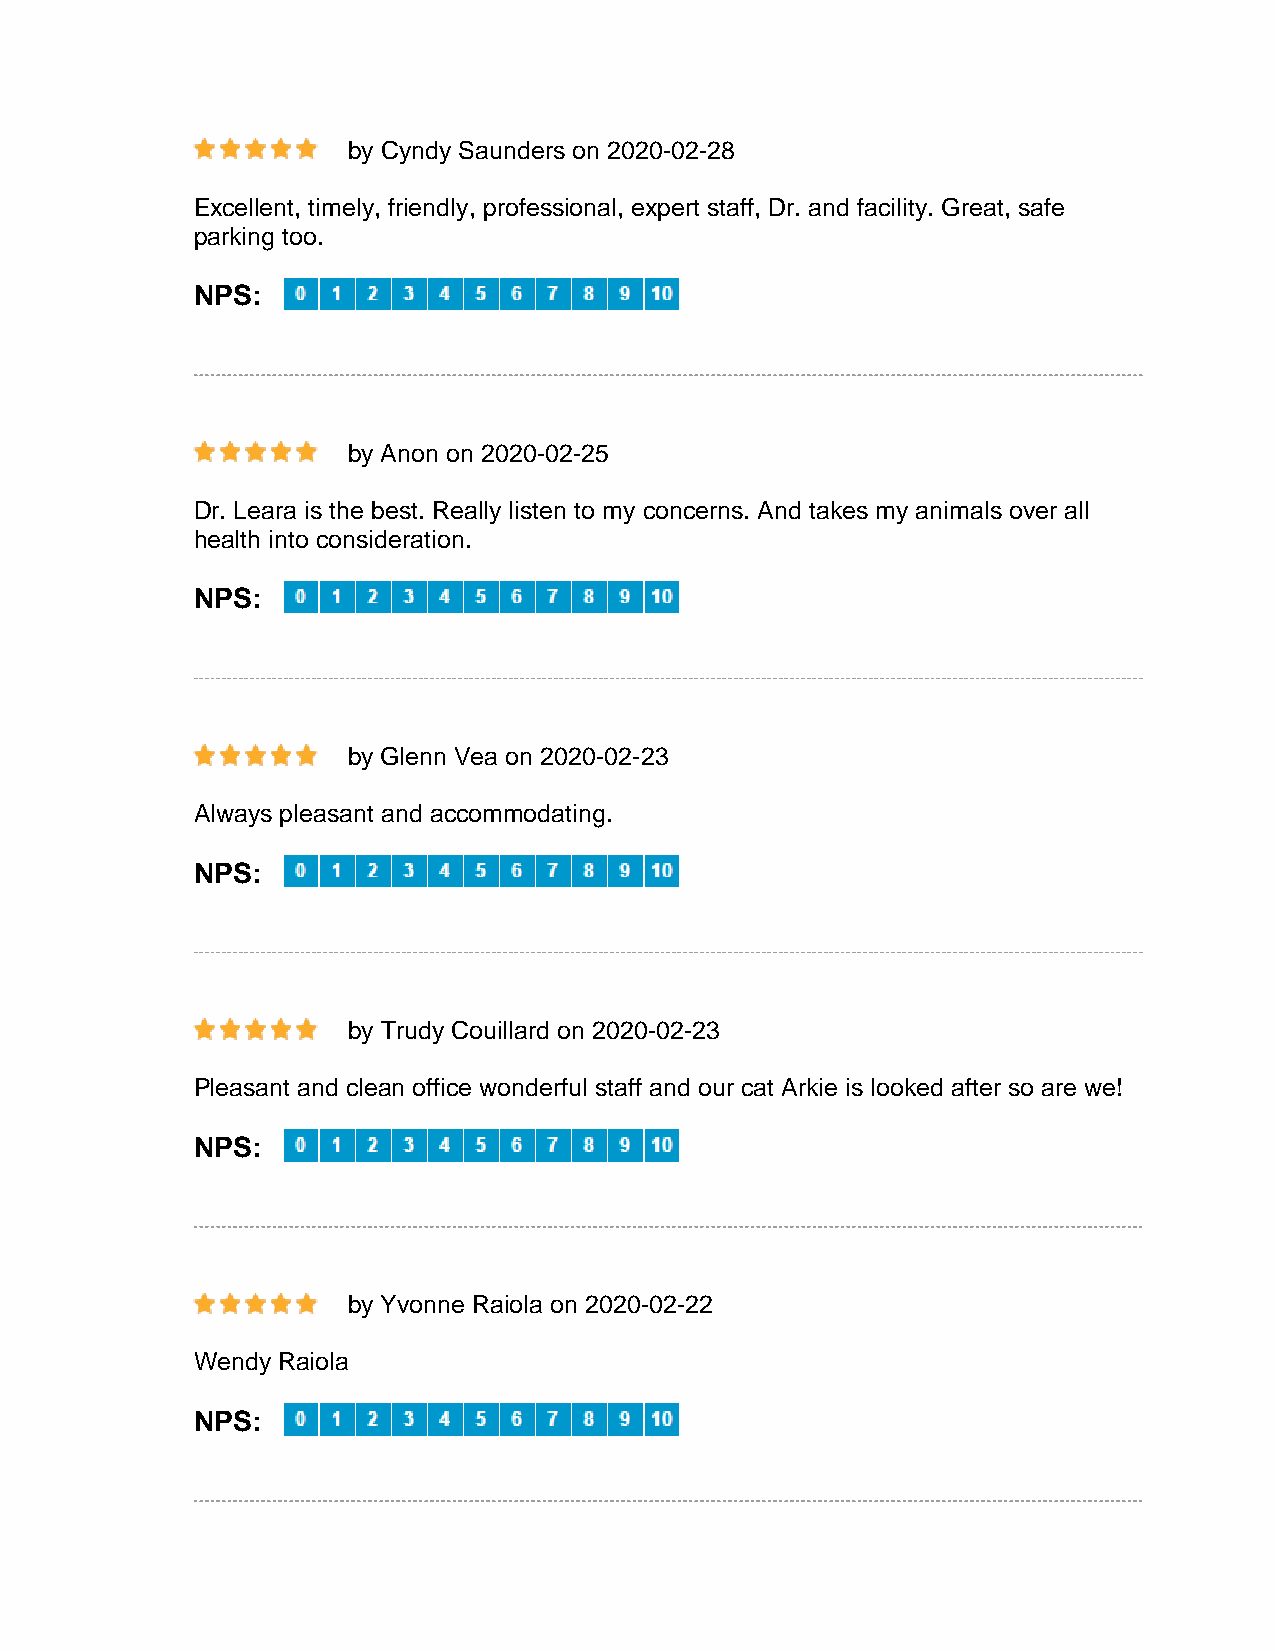
by Cyndy Saunders on 2020-02-28
 Excellent, timely, friendly, professional, expert staff, Dr. and facility. Great, safe
 parking too.
 NPS:
 by Anon on 2020-02-25
 Dr. Leara is the best. Really listen to my concerns. And takes my animals over all
 health into consideration.
 NPS:
 by Glenn Vea on 2020-02-23
 Always pleasant and accommodating.
 NPS:
 by Trudy Couillard on 2020-02-23
 Pleasant and clean office wonderful staff and our cat Arkie is looked after so are we!
 NPS:
 by Yvonne Raiola on 2020-02-22
 Wendy Raiola
 NPS: